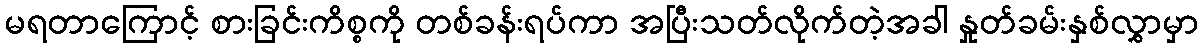
မရတာကြောင့် စားခြင်းကိစ္စကို တစ်ခန်းရပ်ကာ အပြီးသတ်လိုက်တဲ့အခါ နှုတ်ခမ်းနှစ်လွှာမှာ